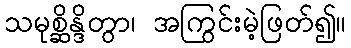
သမုစ္ဆိန္ဒိတွာ၊ အကြွင်းမဲ့ဖြတ်၍။